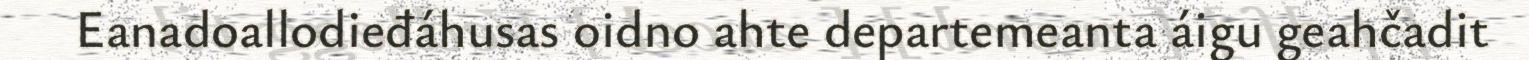
Eanadoallodieđáhusas oidno ahte departemeanta áigu geahčadit